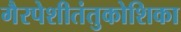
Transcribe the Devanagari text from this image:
गैरपेशीतंतुकोशिका